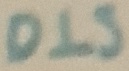
Text: DLS